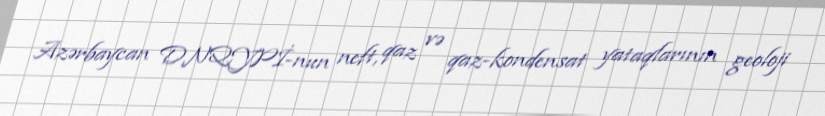
Azərbaycan DNQYPİ-nun neft, qaz və qaz-kondensat yataqlarının geoloji